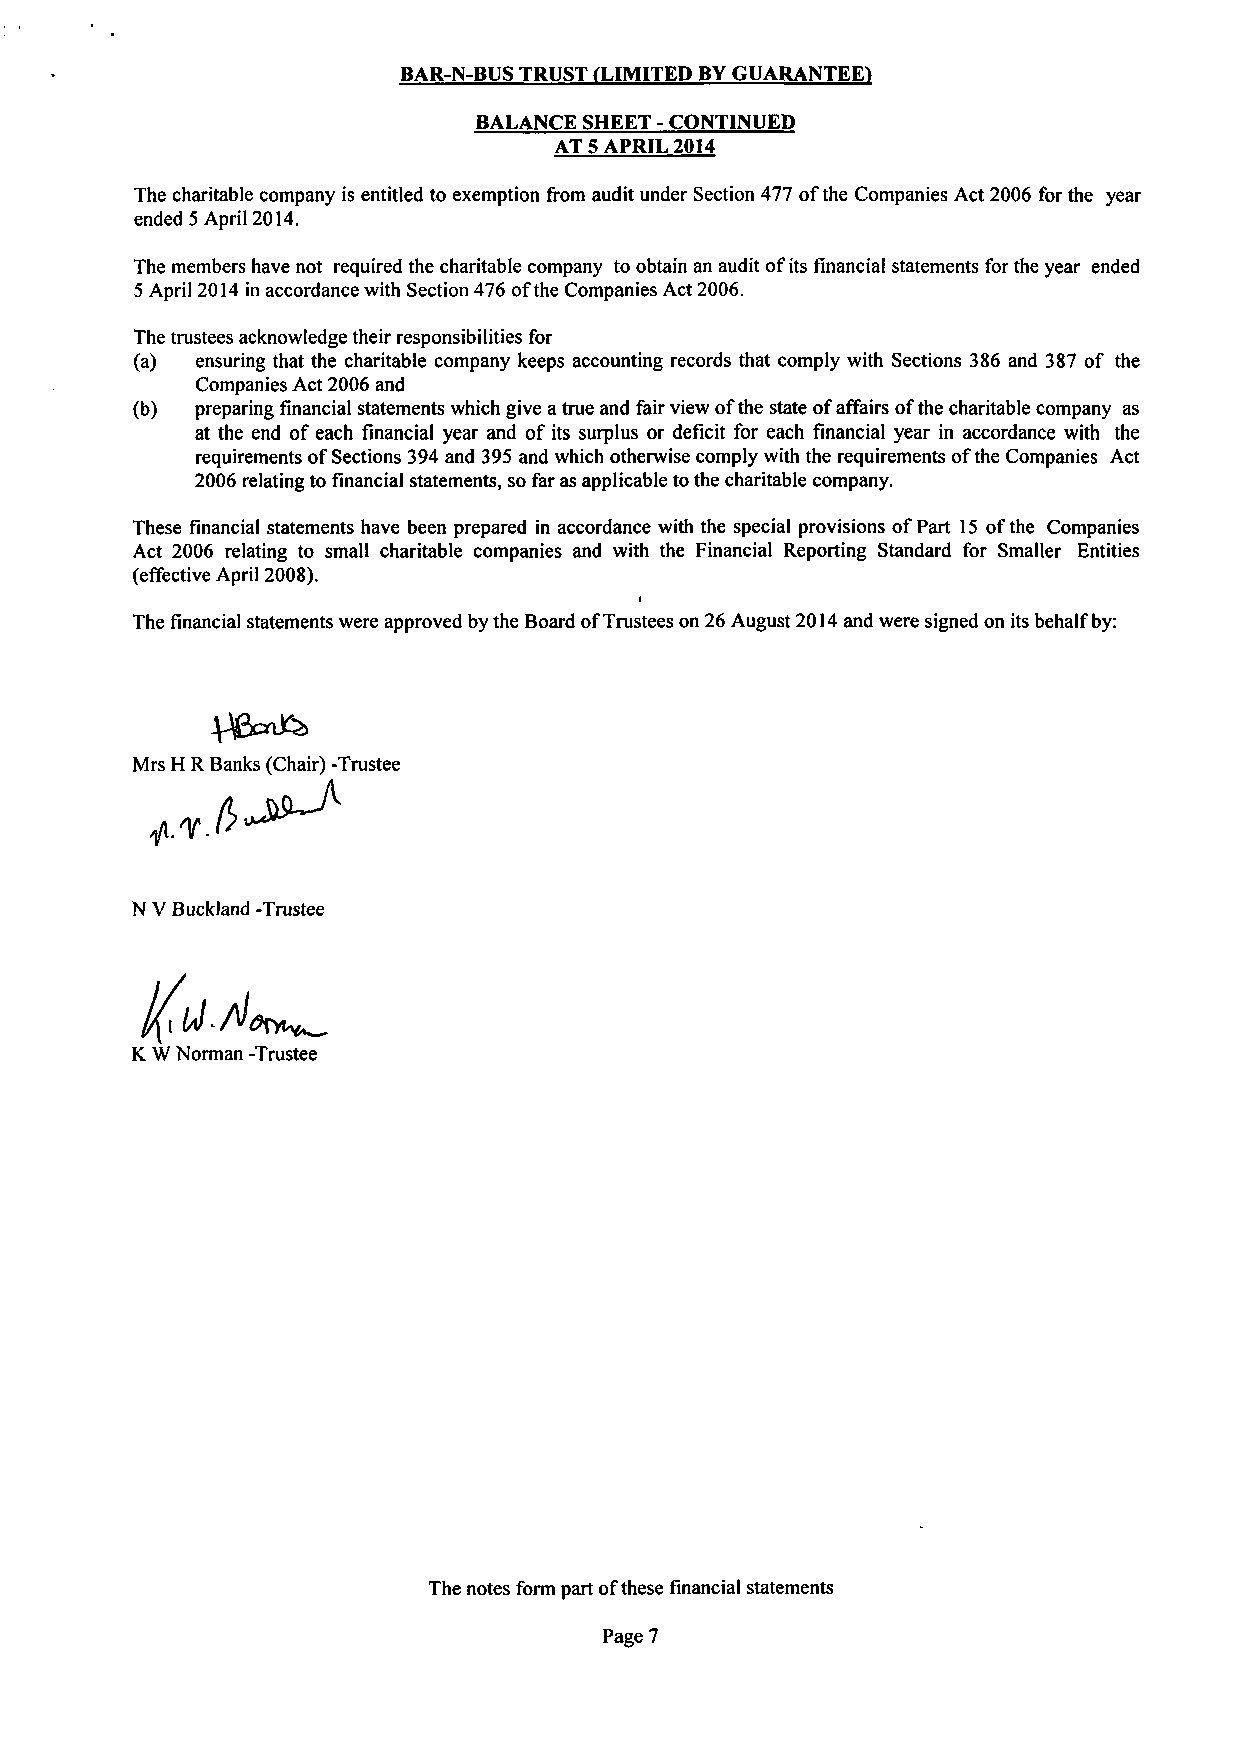
BAR-N-BUS TRUST (LIMITED BY GUARANTEE)
 BALANCE SHEET- CONTINUED
 AT 5 APRIL 2014
 The charitable company is entitled to exemption from audit under Section 477 of the Companies Act 2006 for the year
 ended 5 April 2014.
 The members have not required the charitable company to obtain an audit of its financial statements for the year ended
 5 April 2014 in accordance with Section 476 of the Companies Act 2006.
 The trustees acknowledge their responsibilities for
 (a) ensuring that the charitable company keeps accounting records that comply with Sections 386 and 387 of the
 Companies Act 2006 and
 (b) preparing financial statements which give a true and fair view of the state of affairs of the charitable company as
 at the end of each financial year and of its surplus or deficit for each financial year in accordance with the
 requirements of Sections 394 and 395 and which otherwise comply with the requirements of the Companies Act
 2006 relating to financial statements, so far as applicable to the charitable company.
 These financial statements have been prepared in accordance with the special provisions of Part 15 of the Companies
 Act 2006 relating to small charitable companies and with the Financial Reporting Standard for Smaller Entities
 (effective April 2008).
 The financial statements were approved by the Board of Trustees on 26 August 2014 and were signed on its behalf by:
 Mrs H R Banks (Chair) -Trustee
 N V Buckland -Trustee
 K W Norman -Trustee
 The notes form part of these financial statements
 Page 7